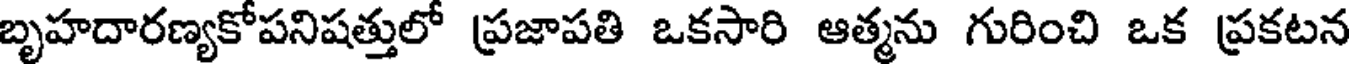
బృహదారణ్యకోపనిషత్తులో ప్రజాపతి ఒకసారి ఆత్మను గురించి ఒక ప్రకటన